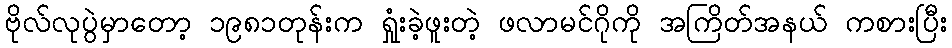
ဗိုလ်လုပွဲမှာတော့ ၁၉၈၁တုန်းက ရှုံးခဲ့ဖူးတဲ့ ဖလာမင်ဂိုကို အကြိတ်အနယ် ကစားပြီး